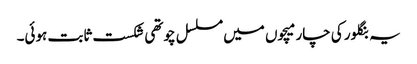
یہ بنگلور کی چار میچوں میں مسلسل چوتھی شکست ثابت ہوئی۔